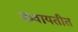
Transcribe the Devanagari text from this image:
कवायतीत